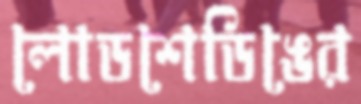
লোডশেডিঙের